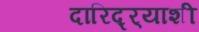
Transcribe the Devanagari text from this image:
दारिद्र्‍याशी